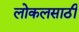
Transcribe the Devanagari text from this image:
लोकलसाठी